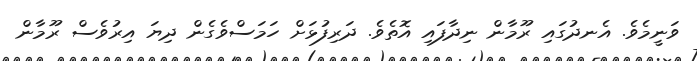
ވަނީމެވެ. އެނދުގައި ރޫމާން ނިދާފައި އޮތެވެ. ދަރިފުޅަށް ހަމަސްވެގެން ދިޔަ އިރުވެސް ރޫމާން